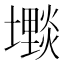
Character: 𱘓